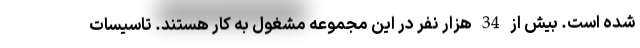
شده است. بیش از 34 هزار نفر در این مجموعه مشغول به کار هستند. تاسیسات